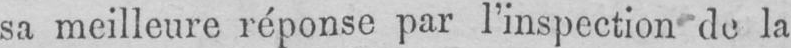
sa meilleure réponse par l’inspection de la